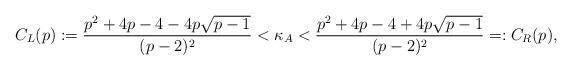
LaTeX: \begin{align*} C_L(p):=\frac{p^2+4p-4-4p\sqrt{p-1}}{(p-2)^2}<\kappa_A<\frac{p^2+4p-4+4p\sqrt{p-1}}{(p-2)^2}=:C_R(p),\end{align*}